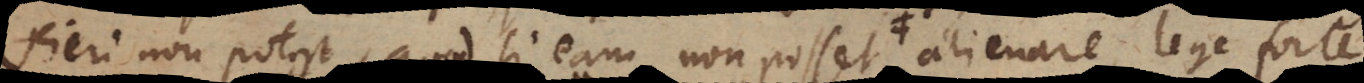
fieri non potest, quod si eam non posset alienare, lege forte